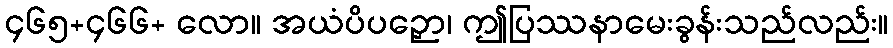
၄၆၅+၄၆၆+ လော။ အယံပိပဉှော၊ ဤပြဿနာမေးခွန်းသည်လည်း။